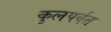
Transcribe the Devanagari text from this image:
कुलपर्वत